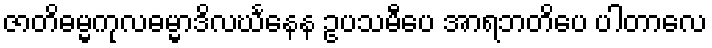
ဇာတိဓမ္မကုလဓမ္မာဒိလင်္ဃနေန ဥပသမီပေ အာရဘတိပေ ပါတာလေ